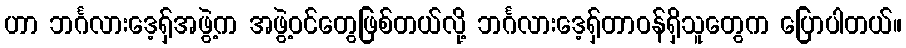
ဟာ ဘင်္ဂလားဒေ့ရှ်အဖွဲ့က အဖွဲ့ဝင်တွေဖြစ်တယ်လို့ ဘင်္ဂလားဒေ့ရှ်တာဝန်ရှိသူတွေက ပြောပါတယ်။